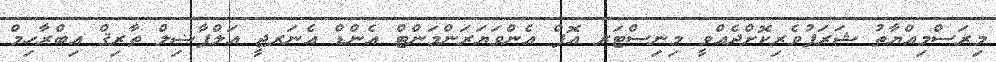
މިރަސްމިއްޔާތު ޝަރަފުވެރިކޮށްދެއްވީ މިނިސްޓަރ އޮފް އެންވަޔަރަންމަންޓް އެންޑް އެނަރޖީ އަލްފާޟިލް ތާރިޤް އިބްރާހިމް